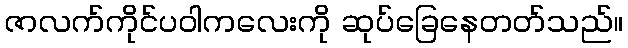
ဇာလက်ကိုင်ပဝါကလေးကို ဆုပ်ခြေနေတတ်သည်။